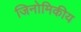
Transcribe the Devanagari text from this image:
जिनोमिकीय